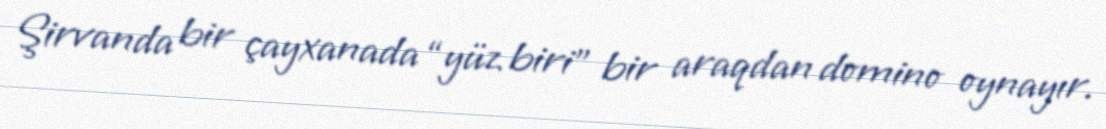
Şirvanda bir çayxanada “yüz biri” bir araqdan domino oynayır.